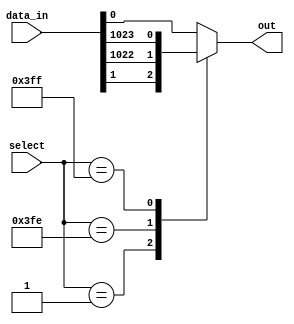
module mux_1024to1 (
    input [1023:0] data_in,
    input [9:0] select,
    output reg out
);

always @(*)
begin
    case (select)
        10'b0000000000: out = data_in[0];
        10'b0000000001: out = data_in[1];
        // Continue for all 1024 cases
        10'b1111111110: out = data_in[1022];
        10'b1111111111: out = data_in[1023];
        default: out = data_in[0]; // Default case
    endcase
end

endmodule